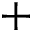
+